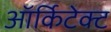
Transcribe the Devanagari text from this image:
ऑर्किटेक्ट